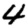
Digit: 4